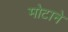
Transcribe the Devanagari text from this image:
मोटाने